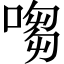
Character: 㗙